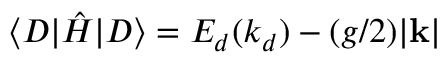
\langle D | \hat { H } | D \rangle = E _ { d } ( k _ { d } ) - ( g / 2 ) | \mathbf { k } |